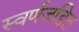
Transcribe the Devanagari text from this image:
स्‍वर्णजड़ित